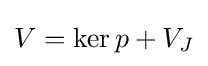
V=\operatorname {ker} p+V_{J}